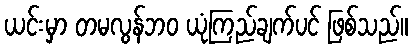
ယင်းမှာ တမလွန်ဘဝ ယုံကြည်ချက်ပင် ဖြစ်သည်။